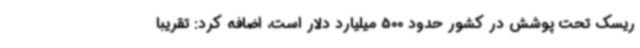
ریسک تحت پوشش در کشور حدود 500 میلیارد دلار است، اضافه کرد: تقریبا